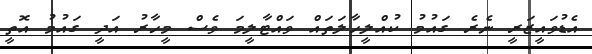
އެޑުވައީޒަރީ ނެރެ ގައުމު ކުއްލީހާލަތައް ވައްޓާލީމަ ވެސް މީހާރު އަދީ ގައުމު އޮތީ